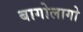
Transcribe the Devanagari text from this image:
बागोलागो